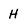
Character: H